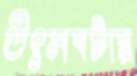
উৎসবটার